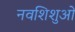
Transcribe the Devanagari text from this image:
नवशिशुओं